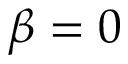
\beta = 0